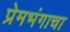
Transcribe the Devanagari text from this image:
प्रेमभंगाचा